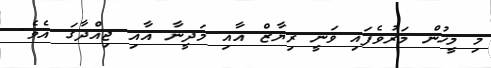
މި މީހުން މަރުވެފައި ވަނީ ރިޔާޒް އާއި މަދީނާ އާއި ޖިއްދާގަ އެވެ.